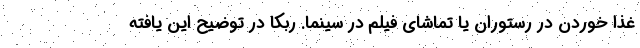
غذا خوردن در رستوران یا تماشای فیلم در سینما. ربکا در توضیح این یافته